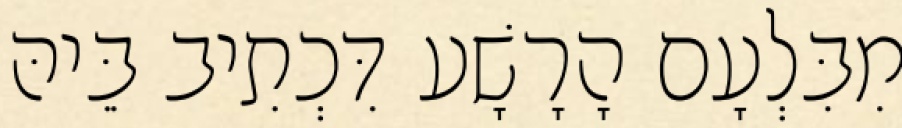
מִבִּלְעָם הָרָשָׁע דִּכְתִיב בֵּיהּ